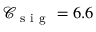
\mathcal { C } _ { \mathrm { ~ s ~ i ~ g ~ } } = 6 . 6